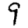
Digit: 9